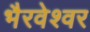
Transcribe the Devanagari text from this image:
भैरवेश्वर